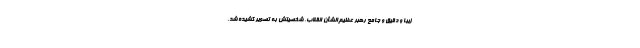
زیبا و دقیق و جامع رهبر عظیم‌الشأن انقلاب، شخصیتش به تصویر کشیده شد،